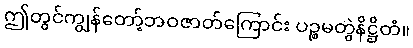
ဤတွင်ကျွန်တော့်ဘဝဇာတ်ကြောင်း ပဉ္စမတွဲနိဋ္ဌိတံ။